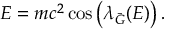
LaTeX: E = m c ^ { 2 } \cos \left( { \lambda } _ { \bar { G } } ( E ) \right) .